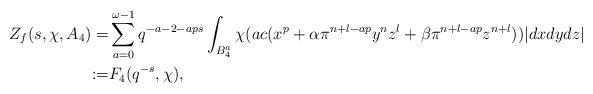
LaTeX: \begin{align*}Z_f(s, \chi, A_4)=&\sum_{a=0}^{\omega-1}q^{-a-2-aps}\int_{B_4^a}\chi(ac (x^p+\alpha\pi^{n+l-ap}y^nz^l+\beta\pi^{n+l-ap}z^{n+l}))|dxdydz|\\:=&F_4(q^{-s}, \chi),\end{align*}